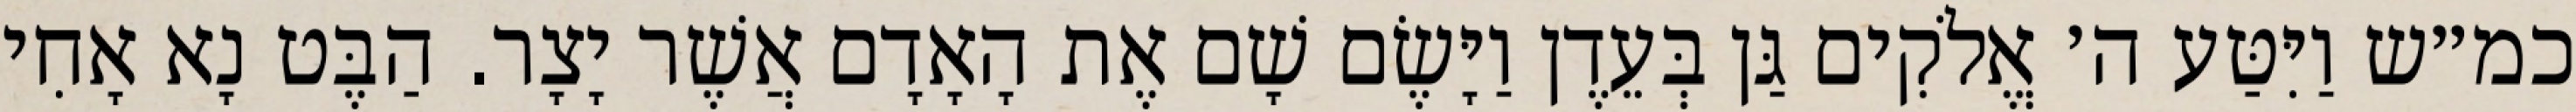
כמ״ש וַיִּטַּע ה׳ אֱלֹקִים גַּן בְּעֵדֶן וַיָּשֶׂם שָׁם אֶת הָאָדָם אֲשֶׁר יָצָר. הַבֶּט נָא אָחִי